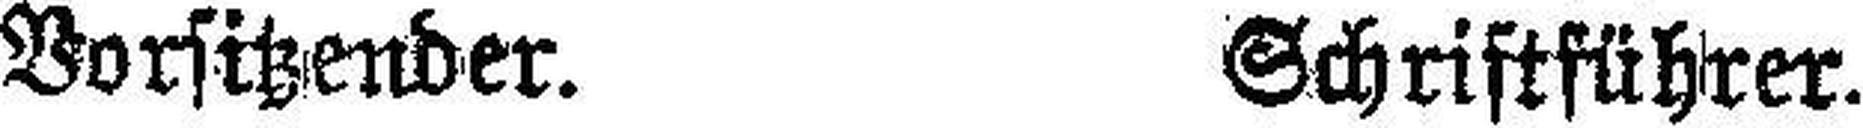
Vorsitzender. Schriftführer.